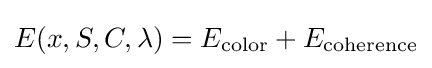
E(x,S,C,\lambda )=E_{\rm {color}}+E_{\rm {coherence}}